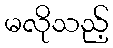
မလိုသည့်